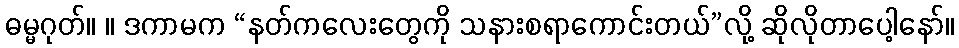
ဓမ္မဂုတ်။ ။ ဒကာမက “နတ်ကလေးတွေကို သနားစရာကောင်းတယ်”လို့ ဆိုလိုတာပေါ့နော်။